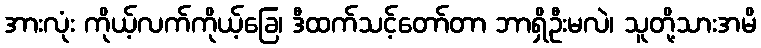
အားလုံး ကိုယ့်လက်ကိုယ့်ခြေ၊ ဒီထက်သင့်တော်တာ ဘာရှိဦးမလဲ၊ သူတို့သားအမိ